Annual report on the health of the army in India
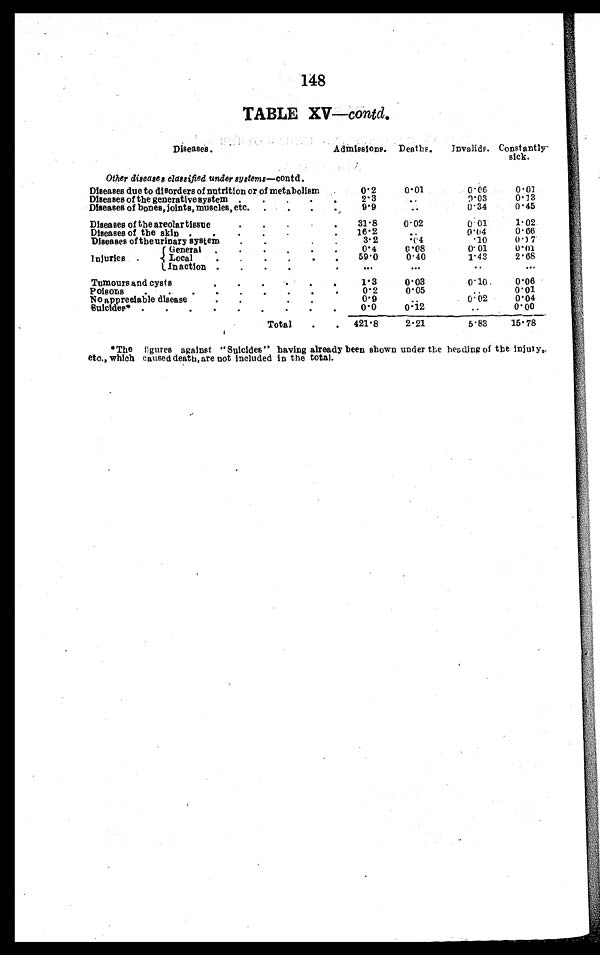
148
TABLE XV—contd.
Diseases.
Admissions. Deaths.
Invalids. Constantly-
sick.
Other diseases classified under sy stems—contd.
Diseases due to disorders of nutrition or of metabolism
0.2
0.01
0.06
0.01
0.13
9.03
.
2. 3
Diseases of the generative system . . .
..
0.45
0.34
Diseases of bones, joints, muscles, etc . . .
9.9
Diseases of the areolartissue . . .
31.8
0.02
0. 01
1.02
Diseases of the skin. . .
16.2
. .
0.04
0.66
0.07
3.2
0. 4
10
Diseases of theurinarY s ystem . . .
Injuries.
General . . .
0.4
0.08
0.01
0.01
2.68
59.0
0.40
1.43
Local . . .
. . .
Inaction . . .
. . .
. . .
. . .
Tumours and cysts . . .
1.3
0.03
0.10
0.06
0.01
.
O 2
0.05
Poisons . . .
0.04
No appreciable disease . . .
0.9
0.02
0.00
0.12
0.0
suicides* . . .
. . .
Total . . .
421.8
2.21
5.83
15.78
*
The figures against "Suicides " having already been shown under the heading of the injury,.
etc., which caused death, are not included in the total.